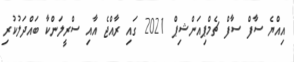
އިއްޔެ ސާފް ސާފް ޗެމްޕިއަންޝިޕް 2021 ގައި ރާއްޖެ އާއި ސްރީލަންކާ ބައްދަލުކުރި